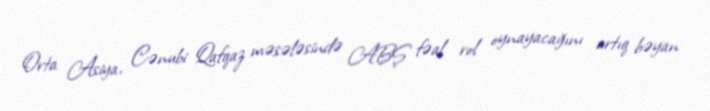
Orta Asiya, Cənubi Qafqaz məsələsində ABŞ fəal rol oynayacağını artıq bəyan